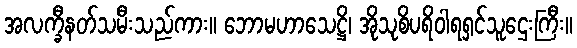
အလက္ခီနတ်သမီးသည်ကား။ ဘောမဟာသေဋ္ဌိ၊ အိုသုစိပရိဝါရရှင်သူဌေးကြီး။